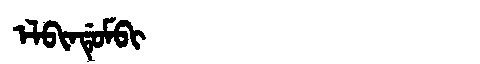
Manchu: ᡝᠯᠪᡳᠨᡩᡠᠮᠪᡳ
Romanization: ELBINDUMBI